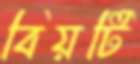
বিয়টি